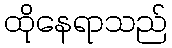
ထိုနေရာသည်